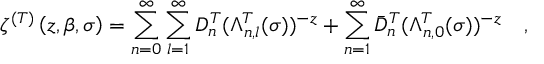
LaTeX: \zeta ^ { ( T ) } \left( z , \beta , \sigma \right) = \sum _ { n = 0 } ^ { \infty } \sum _ { l = 1 } ^ { \infty } D _ { n } ^ { T } ( \Lambda _ { n , l } ^ { T } ( \sigma ) ) ^ { - z } + \sum _ { n = 1 } ^ { \infty } \bar { D } _ { n } ^ { T } ( \Lambda _ { n , 0 } ^ { T } ( \sigma ) ) ^ { - z } ~ ~ ~ ,